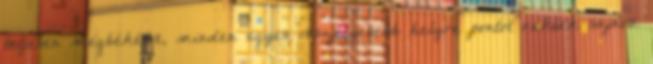
teljesen megbékélve, minden egyes veszélyesebb helyre pontot raktak sajnos.